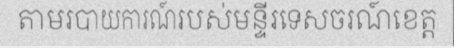
តាមរបាយការណ៍របស់មន្ទីរទេសចរណ៍ខេត្ត